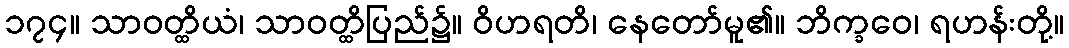
၁၇၄။ သာဝတ္ထိယံ၊ သာဝတ္ထိပြည်၌။ ဝိဟရတိ၊ နေတော်မူ၏။ ဘိက္ခဝေ၊ ရဟန်းတို့။